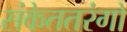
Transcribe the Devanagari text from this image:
संकेततरंगों